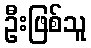
ဦးဖြစ်သူ